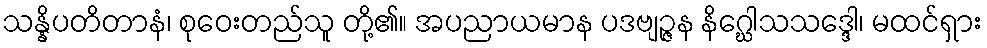
သန္နိပတိတာနံ၊ စုဝေးတည်သူ တို့၏။ အပညာယမာန ပဒဗျဉ္ဇန နိဂ္ဃေါသသဒ္ဒေါ၊ မထင်ရှား